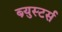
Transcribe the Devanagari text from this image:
ब्र्युस्टर्स